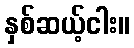
နှစ်ဆယ့်ငါး။